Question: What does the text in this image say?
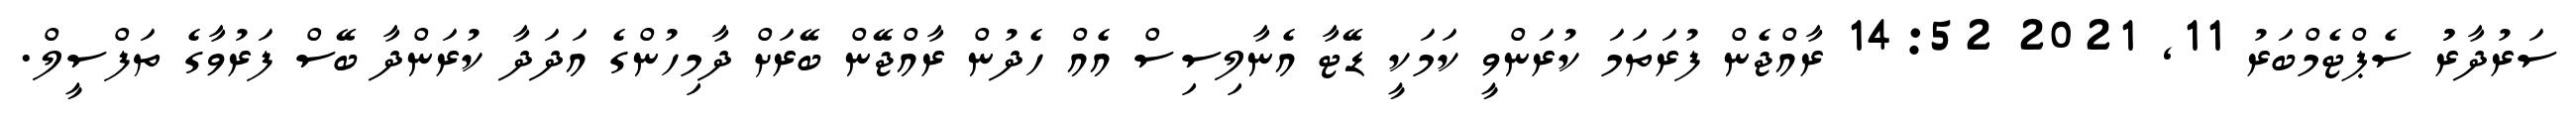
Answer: ސަރުދާރުު ސެޕްޓެމްބަރު 11, 2021 14:52 ރާއްޖެން ފުރަތަމަ ކުރަންވީ ކަމަކީ ޑޭޓާ އެނާލިސިސް އެއް ހެދުން ރާއްޖޭން ބޭރަށް ދާމިހުންގެ އަދަދާ ކުރަންދާ ބޭސް ފަރުވާގެ ތަފްސީލް.